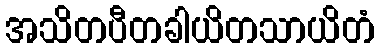
အသိတပီတခါယိတသာယိတံ